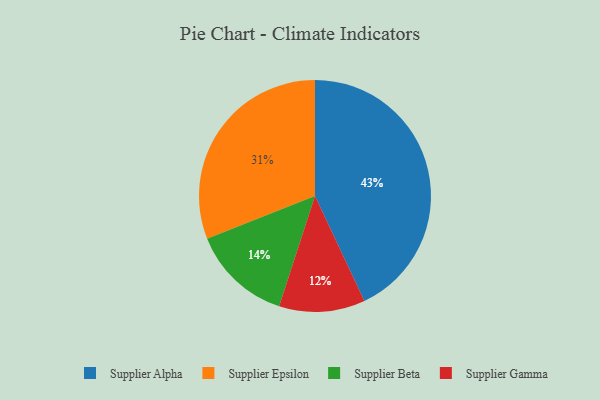
{"axis": {"x": "Category", "y": "Percentage"}, "legend": ["Supplier Alpha", "Supplier Beta", "Supplier Epsilon", "Supplier Gamma"], "data": [{"x": "Supplier Beta", "y": 14, "type": "Supplier Beta"}, {"x": "Supplier Gamma", "y": 12, "type": "Supplier Gamma"}, {"x": "Supplier Epsilon", "y": 31, "type": "Supplier Epsilon"}, {"x": "Supplier Alpha", "y": 43, "type": "Supplier Alpha"}]}